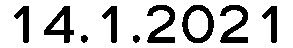
14.1.2021